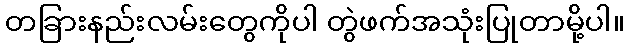
တခြားနည်းလမ်းတွေကိုပါ တွဲဖက်အသုံးပြုတာမို့ပါ။